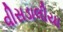
વીસડાલીયા